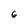
Character: 6